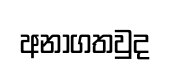
අනාගතවුද